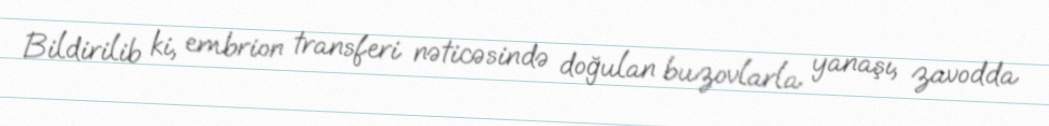
Bildirilib ki, embrion transferi nəticəsində doğulan buzovlarla yanaşı, zavodda